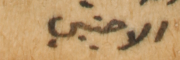
الاجنبي